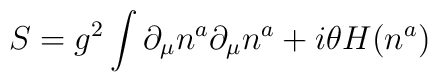
S = g^2\int \partial_\mu n^a \partial_\mu n^a+ i\theta H(n^a)